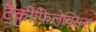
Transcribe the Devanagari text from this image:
टैकीफिलेक्सिस